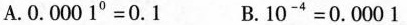
A.$$0 . 0 0 0 1 ^ { 0 } = 0 . 1$$ B.$$1 0 ^ { - 4 } = 0 . 0 0 0 1$$